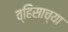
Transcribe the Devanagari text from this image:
व्हिसाच्या